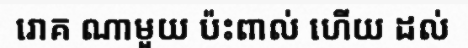
រោគ ណាមួយ ប៉ះពាល់ ហើយ ដល់